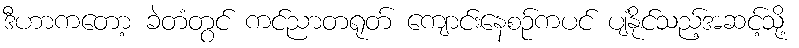
ဒီဟာကတော့ ခဲတံတွင် ကင်ညာတရုတ် ကျောင်းနေစဉ်ကပင် ပျံနိုင်သည့်အဆင့်သို့